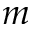
m